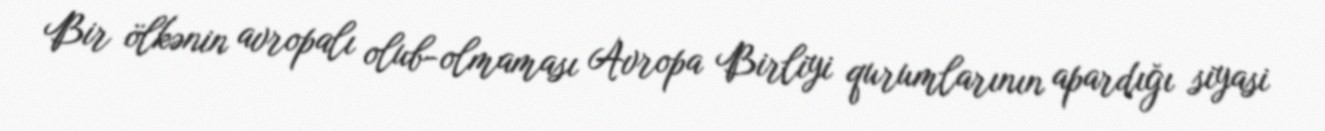
Bir ölkənin avropalı olub-olmaması Avropa Birliyi qurumlarının apardığı siyasi